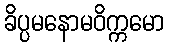
ခိပ္ပမနောမဝိက္ကမော